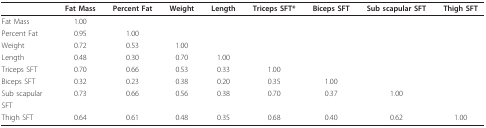
|  | Fat Mass | Percent Fat | Weight | Length | Triceps SFT* | Biceps SFT | Sub scapular SFT | Thigh SFT |
 | --- | --- | --- | --- | --- | --- | --- | --- | --- |
 | Fat Mass | 1.00 |  |  |  |  |  |  |  |
 | Percent Fat | 0.95 | 1.00 |  |  |  |  |  |  |
 | Weight | 0.72 | 0.53 | 1.00 |  |  |  |  |  |
 | Length | 0.48 | 0.30 | 0.70 | 1.00 |  |  |  |  |
 | Triceps SFT | 0.70 | 0.66 | 0.53 | 0.33 | 1.00 |  |  |  |
 | Biceps SFT | 0.32 | 0.23 | 0.38 | 0.20 | 0.35 | 1.00 |  |  |
 | Sub scapular | 0.73 | 0.66 | 0.56 | 0.38 | 0.70 | 0.37 | 1.00 |  |
 | SFT |  |  |  |  |  |  |  |  |
 | Thigh SFT | 0.64 | 0.61 | 0.48 | 0.35 | 0.68 | 0.40 | 0.62 | 1.00 |